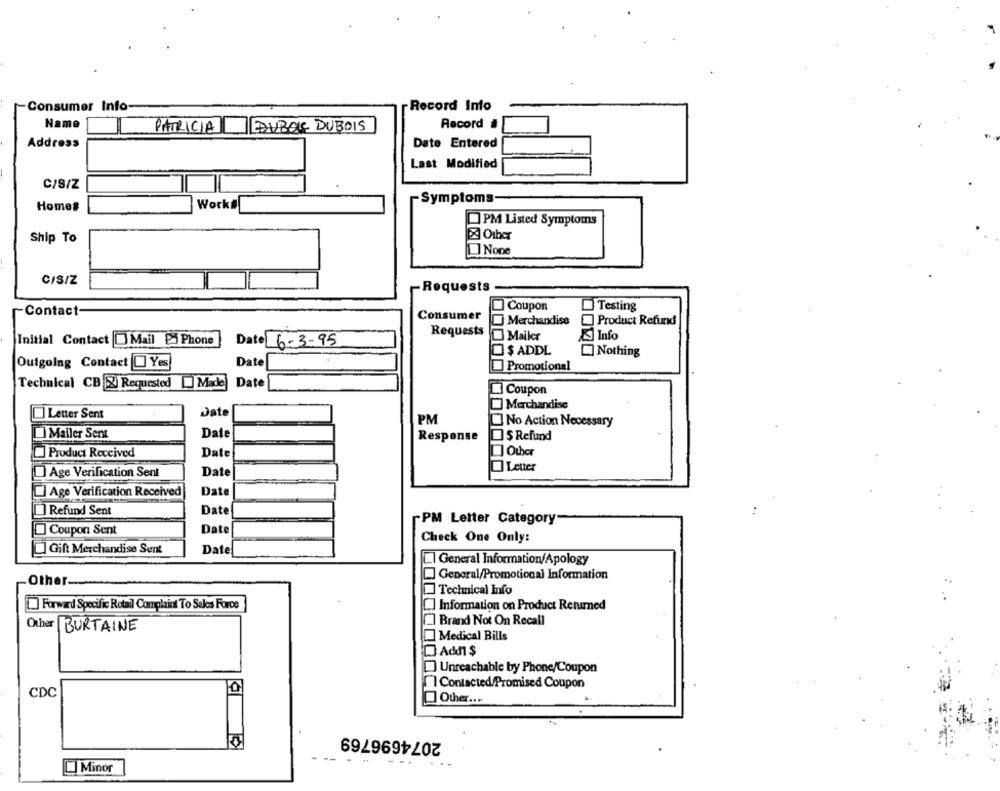
Consumer Info
Record Info
Name
T
EDUBOIS DUBOIS
Record #
PATRICIA
Address
Date Entered
Last Modified
C/S/Z
Symptoms-
Work#
Home#
PM Listed Symptoms
Other
Ship To
C/S/Z
Requests
Coupon
Testing
Contact-
Consumer
Merchandise
Product Refund
Requests
Mailer
Info
Initial Contact [D Mail - Phone
Date 6-3-95
$ ADDL
Nothing
Outgoing Contact Yes
Date
Promotional
Technical CB X) Requested Made Date
Coupon
Merchandise
Letter Sent
Date
PM
No Action Necessary
Mailer Sent
Date
$ Refund
Response
[] Other
Product Received
Date
Letter
Age Verification Sent
Date
Age Verification Received
Date
Refund Sent
Date
-PM Letter Category
Coupon Sent
Date
Check One Only:
] Gift Merchandise Sent
Date
_I General Information/Apology
General/Promotional Information
Other
Technical Info
Forward Specific Retail Complaint To Sales Force
C] Information on Product Returned
Brand Not On Recall
Other BURTAINE
Medical Bills
[] Unreachable by Phone/Coupon
I Contacted/Promised Coupon
CDC
0 Other ....
2074696769
Minor